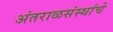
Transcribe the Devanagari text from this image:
अंतराळसंस्थांचे